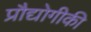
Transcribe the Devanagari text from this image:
प्रौद्योगीकी